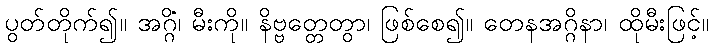
ပွတ်တိုက်၍။ အဂ္ဂိံ၊ မီးကို။ နိဗ္ဗတ္တေတွာ၊ ဖြစ်စေ၍။ တေနအဂ္ဂိနာ၊ ထိုမီးဖြင့်။